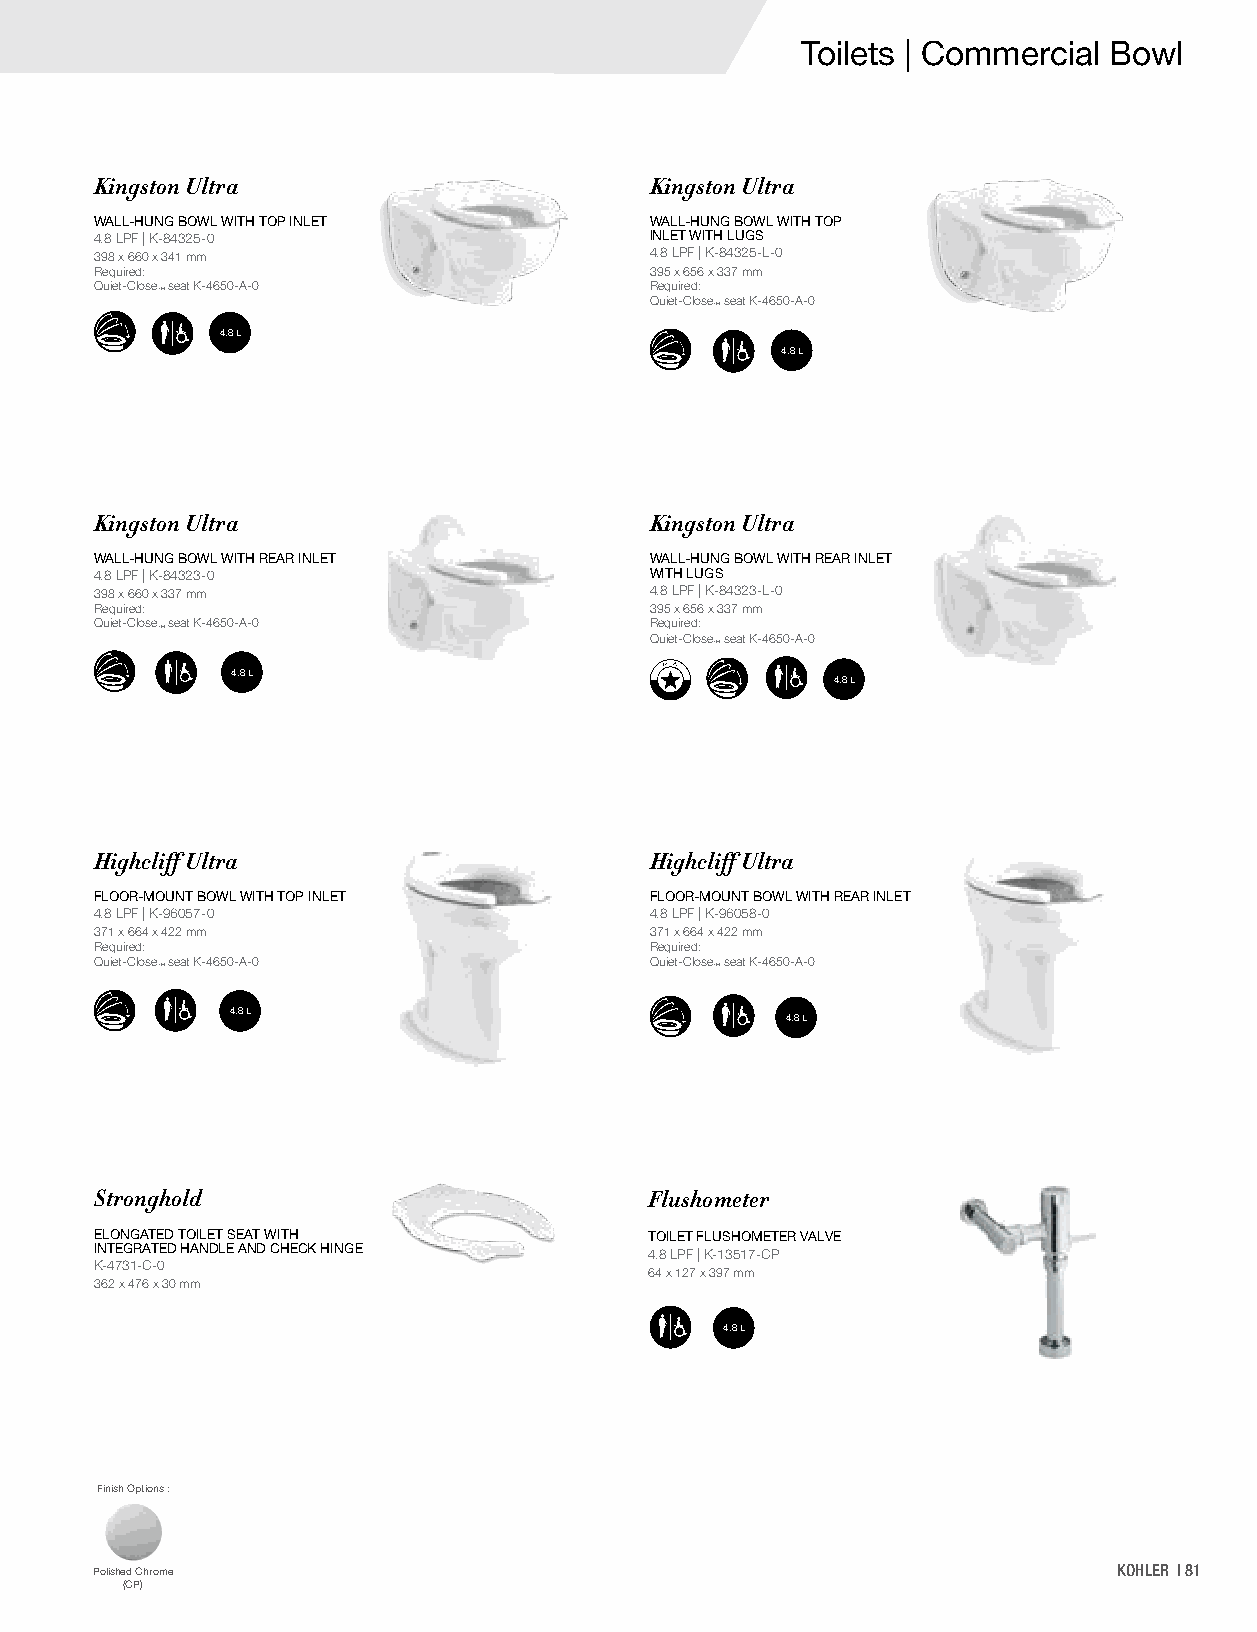
Toilets | Commercial Bowl
 Kingston Ultra                       Kingston Ultra
 WALL-HUNG BOWL WITH TOP INLET        WALL-HUNG BOWL WITH TOP
 4.8 LPF | K-84325-0                  INLET WITH LUGS
 398 x 660 x 341 mm                   4.8 LPF | K-84325-L-0
 Required:                            395 x 656 x 337 mm
 Quiet-Close seat K-4650-A-0          Required:
 ™
 Quiet-Close seat K-4650-A-0
 ™
 4.8 L
 4.8 L
 Kingston Ultra                       Kingston Ultra
 WALL-HUNG BOWL WITH REAR INLET       WALL-HUNG BOWL WITH REAR INLET
 4.8 LPF | K-84323-0                  WITH LUGS
 398 x 660 x 337 mm                   4.8 LPF | K-84323-L-0
 Required:                            395 x 656 x 337 mm
 Quiet-Close seat K-4650-A-0          Required:
 ™
 Quiet-Close seat K-4650-A-0
 ™
 4.8 L
 4.8 L
 Highcliff Ultra                      Highcliff Ultra
 FLOOR-MOUNT BOWL WITH TOP INLET      FLOOR-MOUNT BOWL WITH REAR INLET
 4.8 LPF | K-96057-0                  4.8 LPF | K-96058-0
 371 x 664 x 422 mm                   371 x 664 x 422 mm
 Required:                            Required:
 Quiet-Close seat K-4650-A-0          Quiet-Close seat K-4650-A-0
 ™                                    ™
 4.8 L
 4.8 L
 Stronghold                           Flushometer
 ELONGATED TOILET SEAT WITH           TOILET FLUSHOMETER VALVE
 INTEGRATED HANDLE AND CHECK HINGE    4.8 LPF | K-13517-CP
 K-4731-C-0
 64 x 127 x 397 mm
 362 x 476 x 30 mm
 4.8 L
 Finish Options :
 Polished Chrome                                                     KOHLER | 81
 (CP)